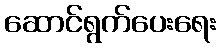
ဆောင်ရွက်ပေးရေး